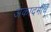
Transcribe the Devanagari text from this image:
अकादमींचे